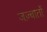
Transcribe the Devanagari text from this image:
जज़्बातों